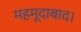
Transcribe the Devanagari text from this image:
महमूदाबाद।